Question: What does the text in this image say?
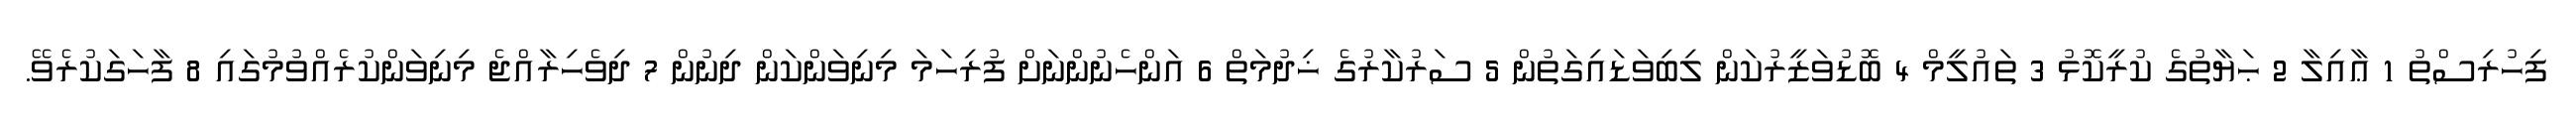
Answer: ފިހުރިސްތު 1 ޢާއިލާ 2 ޙަޔާތުގެ ކުރީކޮޅު 3 ތައުލީމް 4 ބޮޑުވަޒީރުކަން ލިބިވަޑައިގަތުން 5 ސަރުކާރުގެ ޚިދުމަތް 6 އަންހެނުންނަށް ފުރިހަމަ މިނިވަންކަން ދިނުން 7 ދިވެހިރާއްޖެ މިނިވަންކުރެއްވުމުގައި 8 ފާހަގަކުރެވޭ.